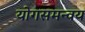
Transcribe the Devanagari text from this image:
योगसमन्वय